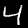
Digit: 4